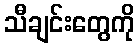
သီချင်းတွေကို